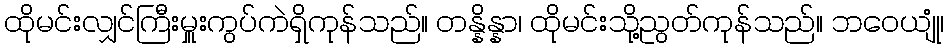
ထိုမင်းလျှင်ကြီးမှူးကွပ်ကဲရှိကုန်သည်။ တန္နိန္နာ၊ ထိုမင်းသို့ညွတ်ကုန်သည်။ ဘဝေယျုံ၊